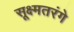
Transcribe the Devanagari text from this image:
सूक्ष्मतरंगे